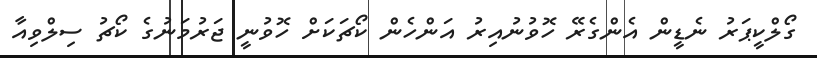
ގޯލްކީޕަރު ނެޑީން އެންގެރޭ ހޮވުނުއިރު އަންހެން ކޯޗަކަށް ހޮވުނީ ޖަރުމަނުގެ ކޯޗު ސިލްވިއާ